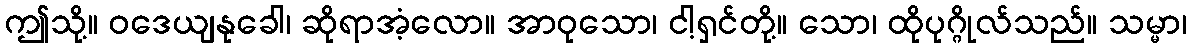
ဤသို့။ ဝဒေယျနုခေါ၊ ဆိုရာအံ့လော။ အာဝုသော၊ ငါ့ရှင်တို့။ သော၊ ထိုပုဂ္ဂိုလ်သည်။ သမ္မာ၊